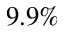
9 . 9 \%